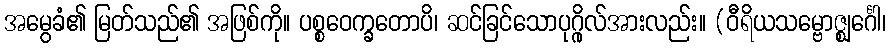
အမွေခံ၏ မြတ်သည်၏ အဖြစ်ကို။ ပစ္စဝေက္ခတောပိ၊ ဆင်ခြင်သောပုဂ္ဂိုလ်အားလည်း။ (ဝီရိယသမ္ဗောဇ္ဈင်္ဂေါ၊